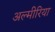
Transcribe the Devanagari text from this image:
अल्मीरिया